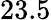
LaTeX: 23.5